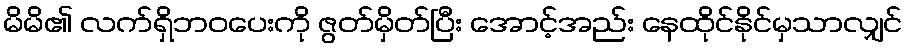
မိမိ၏ လက်ရှိဘဝပေးကို ဇွတ်မှိတ်ပြီး အောင့်အည်း နေထိုင်နိုင်မှသာလျှင်